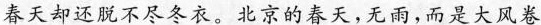
春天却还脱不尽冬衣。北京的春天，无雨，而是大风卷